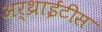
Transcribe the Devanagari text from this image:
अर्थ्राईटीस